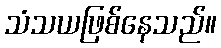
သံသယဖြစ်နေသည်။